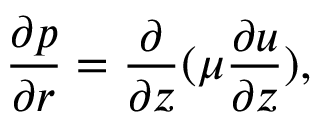
\frac { \partial p } { \partial r } = \frac { \partial } { \partial z } ( \mu \frac { \partial u } { \partial z } ) ,